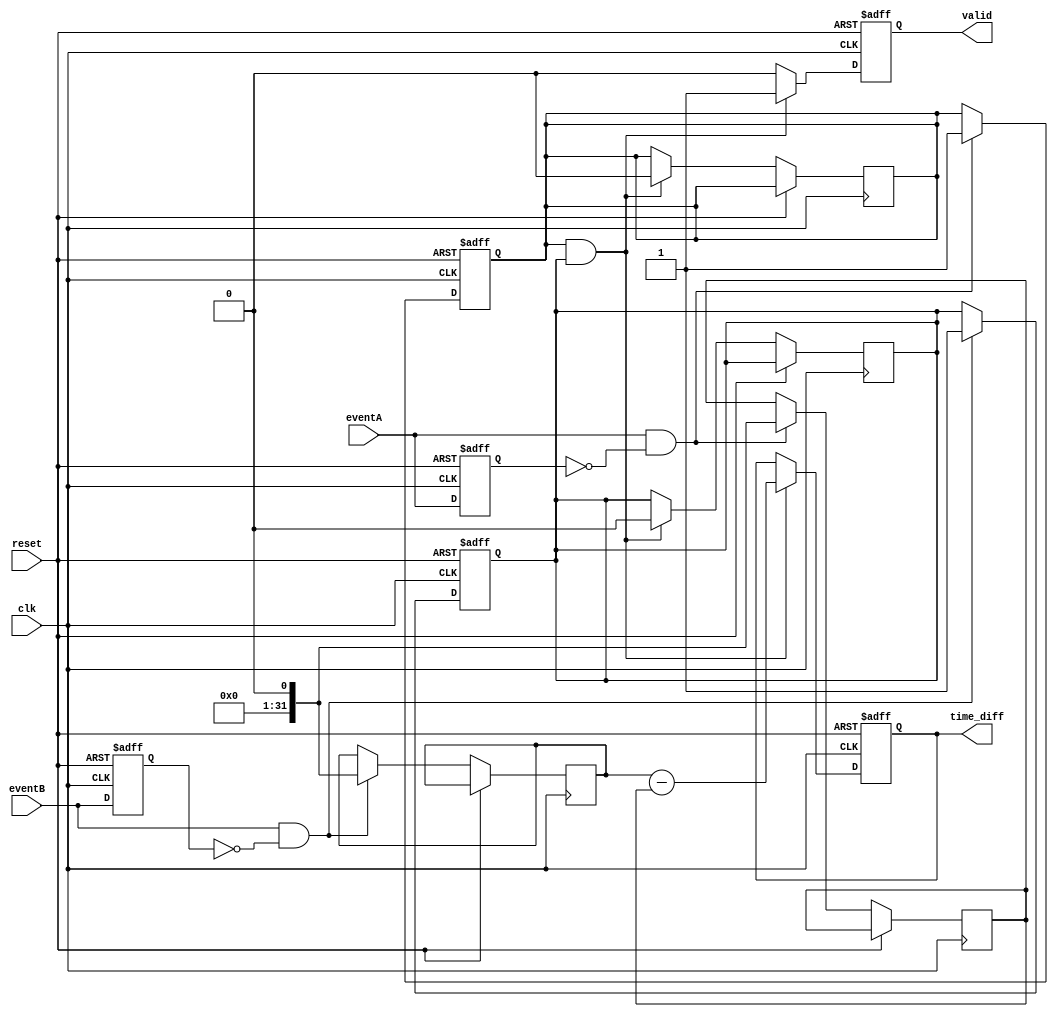
module TDC (
    input wire clk,           // High-frequency clock signal
    input wire reset,         // Reset signal
    input wire eventA,       // Event A input
    input wire eventB,       // Event B input
    output reg [31:0] time_diff, // Output for time difference
    output reg valid         // Output valid signal
);

    reg [31:0] timestampA;     // Timestamp for Event A
    reg [31:0] timestampB;     // Timestamp for Event B
    reg eventA_detected;       // Flag for Event A detection
    reg eventB_detected;       // Flag for Event B detection

    // Rising edge detection for Event A
    reg eventA_prev;
    always @(posedge clk or posedge reset) begin
        if (reset) begin
            eventA_prev <= 1'b0;
            eventA_detected <= 1'b0;
        end else begin
            eventA_prev <= eventA;
            if (eventA && !eventA_prev) begin
                timestampA <= $time; // Capture current clock count
                eventA_detected <= 1'b1;
            end
        end
    end

    // Rising edge detection for Event B
    reg eventB_prev;
    always @(posedge clk or posedge reset) begin
        if (reset) begin
            eventB_prev <= 1'b0;
            eventB_detected <= 1'b0;
        end else begin
            eventB_prev <= eventB;
            if (eventB && !eventB_prev) begin
                timestampB <= $time; // Capture current clock count
                eventB_detected <= 1'b1;
            end
        end
    end

    // Time difference calculation
    always @(posedge clk or posedge reset) begin
        if (reset) begin
            time_diff <= 32'b0;
            valid <= 1'b0;
        end else if (eventA_detected && eventB_detected) begin
            time_diff <= timestampB - timestampA; // Calculate time difference
            valid <= 1'b1; // Indicate valid output
            // Reset flags for next measurement
            eventA_detected <= 1'b0;
            eventB_detected <= 1'b0;
        end else begin
            valid <= 1'b0; // Invalid output until both events are detected
        end
    end

endmodule